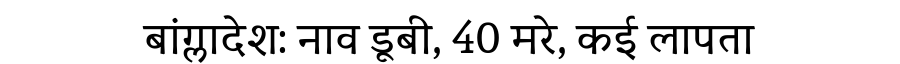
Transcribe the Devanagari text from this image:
बांग्लादेश: नाव डूबी, 40 मरे, कई लापता